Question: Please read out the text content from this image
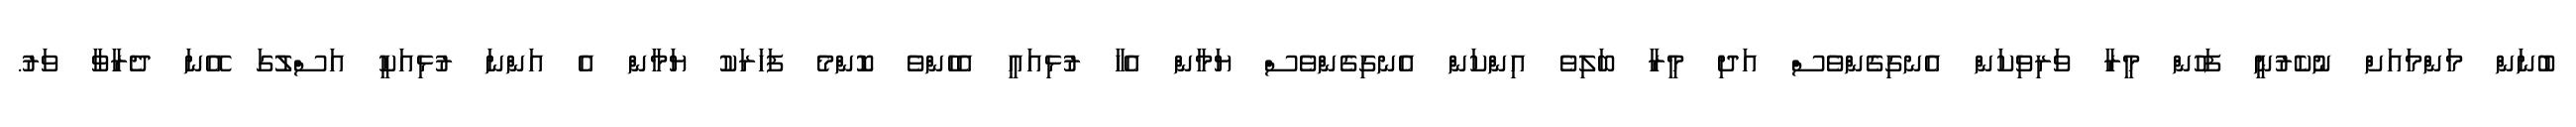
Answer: ބުނަން މަންމައަށް ނުކެރުނީ ފަހުން މީރާ ވަރިވިކަން އެނގިގެންވެސް އަދި މީރާ ބަލިވެ އިންކަން އެނގިގެންވެސް ޔަމާން އެހާ ރުޅިއައީ އެހެންވެ ކޮންމެ ފަހަރަކު ޔަމާން އެ އަންނަ ރުޅިއަކީ އަސްލުގަ އޭނަ ދެރާވާ ވަރު.